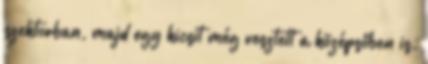
szektorban, majd egy kicsit még vesztett a középsőben is.